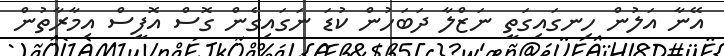
އޭނާ އަލުން ހިނގައިގަތީ ނަޒްލާ ދަބަހުން ކުޑަ ނަގައިގެން ގޮސް އޮފީސް އިމާރާތުން